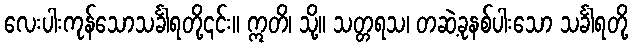
လေးပါးကုန်သောသင်္ခါရတို့၎င်း။ ဣတိ၊ သို့။ သတ္တရသ၊ တဆဲ့ခုနစ်ပါးသော သင်္ခါရတို့